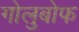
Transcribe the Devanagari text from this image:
गोलुबोफ